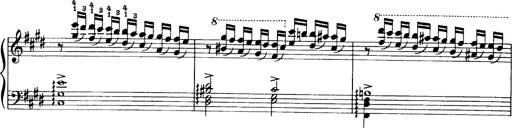
Title: OuvertÃ¼re zu TannhÃ¤user
Composer: Franz Liszt